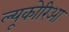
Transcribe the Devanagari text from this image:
ल्यूकोरिआ